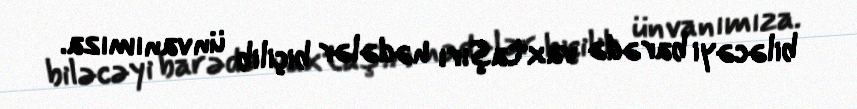
biləcəyi barədə vaxtaşırı hədələr biçilib ünvanımıza.